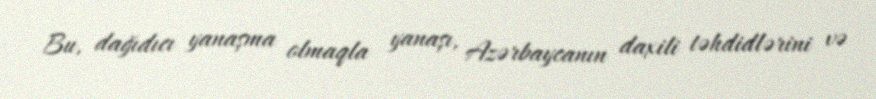
Bu, dağıdıcı yanaşma olmaqla yanaşı, Azərbaycanın daxili təhdidlərini və